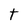
Character: t